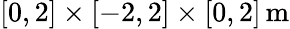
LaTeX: [0,2]\times[-2,2]\times[0,2]\, \mathrm{m}